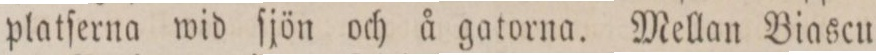
platſerna wid ſjön och å gatorna. Mellan Biascu